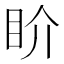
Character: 𥄍